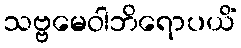
သဗ္ဗမေဝါဘိရောပယိံ